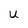
Character: U